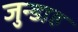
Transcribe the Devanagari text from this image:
जुन्डाह